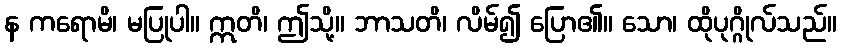
န ကရောမိ၊ မပြုပါ။ ဣတိ၊ ဤသို့။ ဘာသတိ၊ လိမ်၍ ပြော၏။ သော၊ ထိုပုဂ္ဂိုလ်သည်။